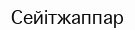
Сейітжаппар